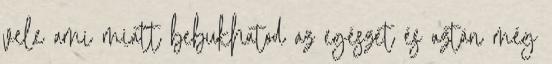
vele ami miatt bebukhatod az egészet és aztán még